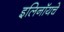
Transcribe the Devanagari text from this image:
इलिनॉयचे